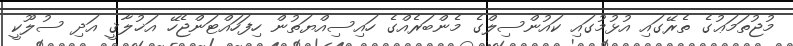
މުޖުތަމަޢުގެ ތެރޭގައި އުޅުމުގައި ކައުންސިލްގެ މެންބަރެއްގެ ހައިސިއްޔަތުން ހިފަހައްޓަންޖެހޭ އަޚުލާޤީ އަދި ސުލޫކީ